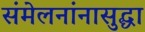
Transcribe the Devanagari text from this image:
संमेलनांनासुद्धा